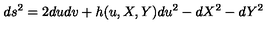
d s ^ { 2 } = 2 d u d v + h ( u , X , Y ) d u ^ { 2 } - d X ^ { 2 } - d Y ^ { 2 }